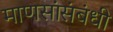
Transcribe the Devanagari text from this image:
माणसांसंबंधी